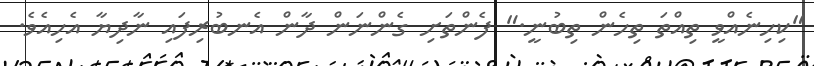
"ކިހިނެއްވީ ތިއްތަ ތިހެން ތިބުނީ." ފެންތަށި ގެންނަން ދާން އެނބުރިފައި ނާދިޔާ އެހިއެވެ.